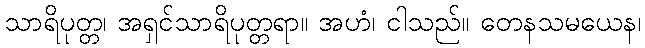
သာရိပုတ္တ၊ အရှင်သာရိပုတ္တရာ။ အဟံ၊ ငါသည်။ တေနသမယေန၊